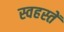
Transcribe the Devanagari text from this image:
स्वहस्तें